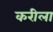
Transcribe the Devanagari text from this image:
करीला